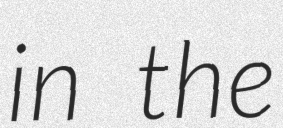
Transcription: in the